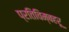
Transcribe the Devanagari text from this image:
प्रतिविम्‍बहरू